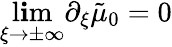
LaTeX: \operatorname*{l\mathbf{i}m}_{\xi\to\pm\infty}\partial_{\xi}\tilde{{\mu}}_{0}=0